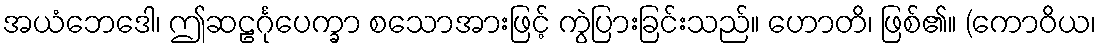
အယံဘေဒေါ၊ ဤဆဠင်္ဂုပေက္ခာ စသောအားဖြင့် ကွဲပြားခြင်းသည်။ ဟောတိ၊ ဖြစ်၏။ (ကောဝိယ၊